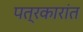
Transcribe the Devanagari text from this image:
पत्रकारांत